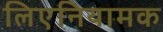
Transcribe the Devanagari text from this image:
लिएनियामक